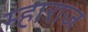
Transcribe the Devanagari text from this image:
म्हाराज